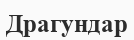
Драгундар